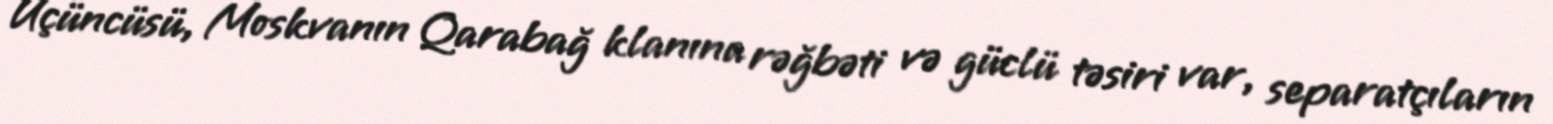
Üçüncüsü, Moskvanın Qarabağ klanına rəğbəti və güclü təsiri var, separatçıların